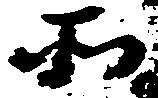
そ